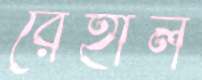
রেহাল